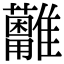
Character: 𩁩